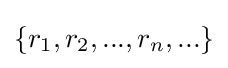
\{r_{1},r_{2},...,r_{n},...\}